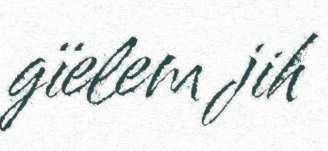
gïelem jih